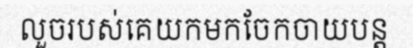
លួចរបស់គេយកមកចែកចាយបន្ត